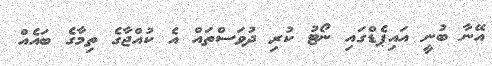
އޭނާ ބުނީ އައިޕެޑްގައި ނޯޓު ކުރި ދުވަސްތައް އެ ކުއްޖާގެ ތިމާގެ ބައެއް